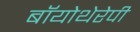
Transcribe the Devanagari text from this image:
बॉयोथेरेपी